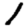
Digit: 1